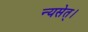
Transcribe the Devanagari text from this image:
न्यसेत्‌।